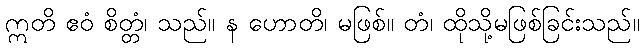
ဣတိ ဧဝံ စိတ္တံ၊ သည်။ န ဟောတိ၊ မဖြစ်။ တံ၊ ထိုသို့မဖြစ်ခြင်းသည်။